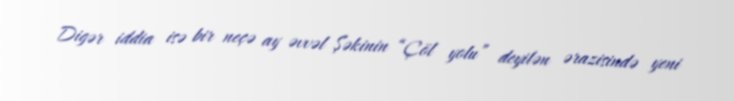
Digər iddia isə bir neçə ay əvvəl Şəkinin “Çöl yolu” deyilən ərazisində yeni